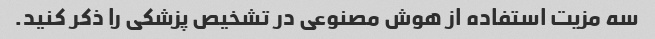
سه مزیت استفاده از هوش مصنوعی در تشخیص پزشکی را ذکر کنید.